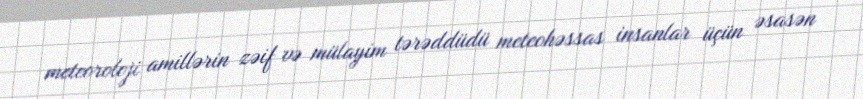
meteoroloji amillərin zəif və mülayim tərəddüdü meteohəssas insanlar üçün əsasən